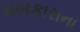
ધબકારાના